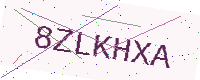
Text: 8ZLKHXA